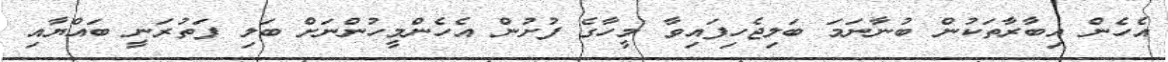
އެހެން އިބާރާތަކުން ބުނާނަމަ ބަލިޖެހިފައިވާ މީހާގެ ފުށުން އެހެންމީހުންނަށް ބަލި ފަތުރަނީ ބައްޔާއި